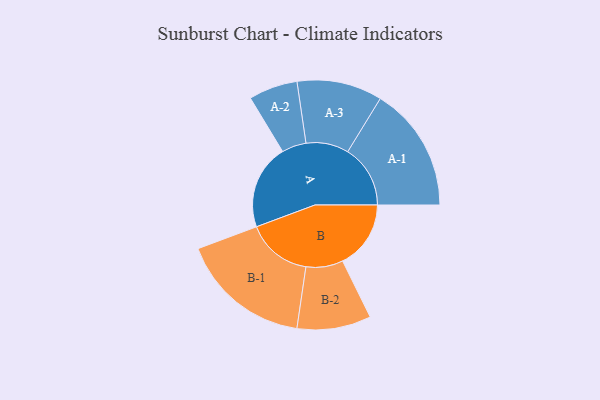
{"axis": {"x": "Segment", "y": "Value"}, "legend": ["", "A", "B"], "data": [{"x": "A", "y": 378, "type": ""}, {"x": "B", "y": 304, "type": ""}, {"x": "A-1", "y": 279, "type": "A"}, {"x": "A-2", "y": 109, "type": "A"}, {"x": "A-3", "y": 190, "type": "A"}, {"x": "B-1", "y": 292, "type": "B"}, {"x": "B-2", "y": 165, "type": "B"}]}